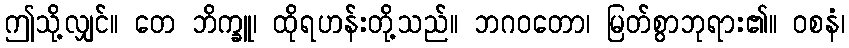
ဤသို့လျှင်။ တေ ဘိက္ခူ၊ ထိုရဟန်းတို့သည်။ ဘဂဝတော၊ မြတ်စွာဘုရား၏။ ဝစနံ၊